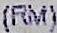
(RM)